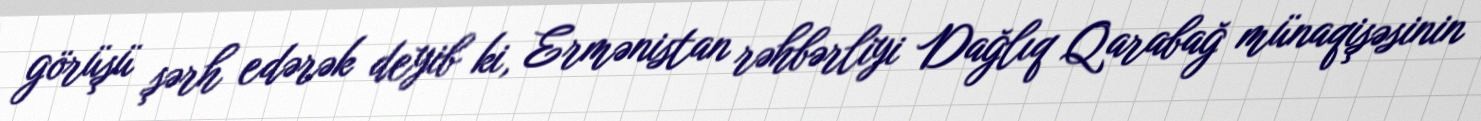
görüşü şərh edərək deyib ki, Ermənistan rəhbərliyi Dağlıq Qarabağ münaqişəsinin